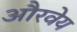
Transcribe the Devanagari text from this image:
औरवेय